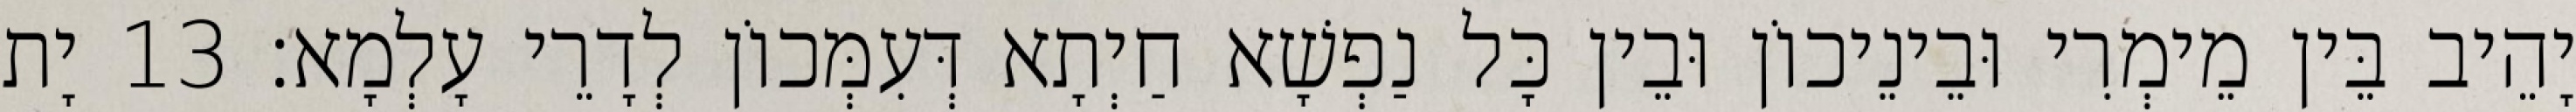
יָהֵיב בֵּין מֵימְרִי וּבֵינֵיכוֹן וּבֵין כָּל נַפְשָׁא חַיְתָא דְּעִמְּכוֹן לְדָרֵי עָלְמָא׃ 13 יָת